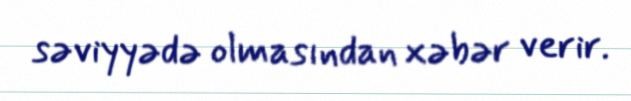
səviyyədə olmasından xəbər verir.